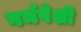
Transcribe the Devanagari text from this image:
गर्भपेशी